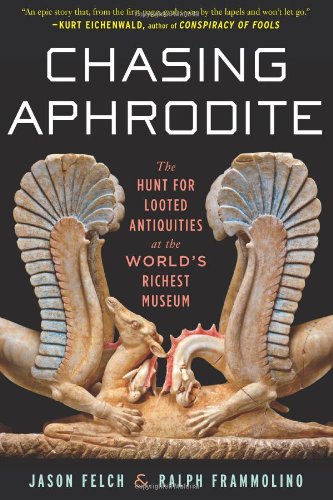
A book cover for Chasing Aphrodite: The Hunt for Looted Antiquities at the World's Richest Museum; Jason Felch; Crafts, Hobbies & Home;